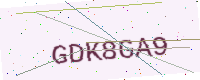
Text: GDK8GA9